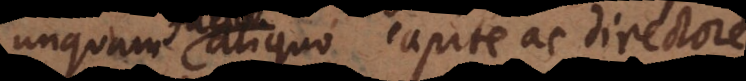
unquam aliquo capite ac directore